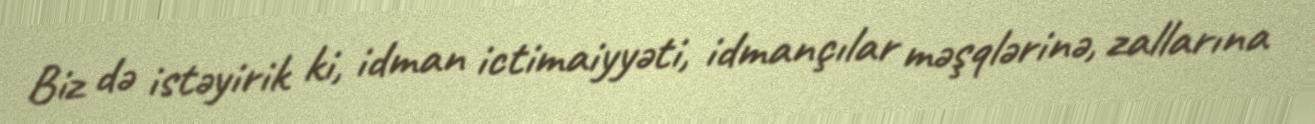
Biz də istəyirik ki, idman ictimaiyyəti, idmançılar məşqlərinə, zallarına